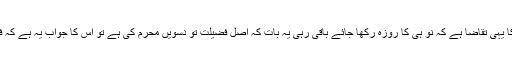
اب حدیث کے ظاہری الفاظ کا یہی تقاضا ہے کہ نو ہی کا روزہ رکھا جائے باقی رہی یہ بات کہ اصل فضیلت تو دسویں محرم کی ہے تو اس کا جواب یہ ہے کہ فضیلت کا معیار شریعت ہے۔